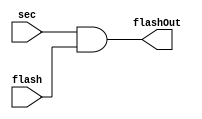
`timescale 1ns / 1ps
//////////////////////////////////////////////////////////////////////////////////
// Company: 
// Engineer: 
// 
// Design Name: 
// Module Name: FlashModule
// Project Name: 
// Target Devices: 
// Tool Versions: 
// Description: 
// 
// Dependencies: 
// 
// Revision:
// Revision 0.01 - File Created
// Additional Comments:
// 
//////////////////////////////////////////////////////////////////////////////////


module FlashModule(
    input flash,
    input sec,
    output flashOut
    );
    
    assign flashOut = sec & flash;
    
endmodule